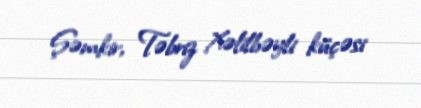
Şəmkir, Təbriz Xəlilbəyli küçəsi